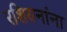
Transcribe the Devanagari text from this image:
रशियनांना